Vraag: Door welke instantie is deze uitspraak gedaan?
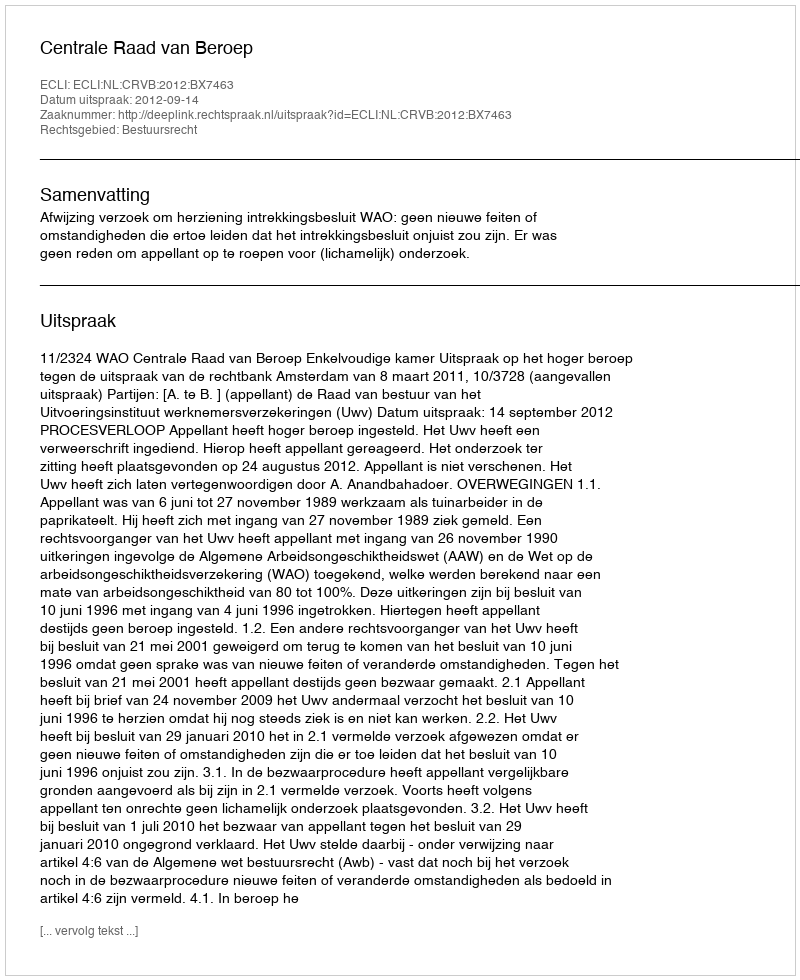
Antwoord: Centrale Raad van Beroep